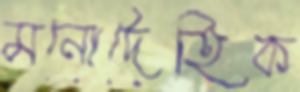
মনোদৈহিক